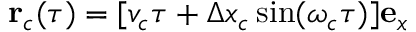
\mathbf { r } _ { c } ( \tau ) = [ v _ { c } \tau + \Delta x _ { c } \sin ( \omega _ { c } \tau ) ] \mathbf { e } _ { x }